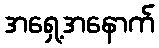
အရှေ့အနောက်